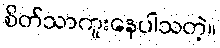
စိတ်သာကူးနေပါသတဲ့။